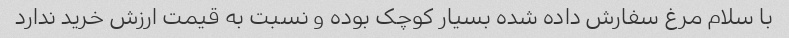
با سلام مرغ سفارش داده شده بسیار کوچک بوده و نسبت به قیمت ارزش خرید ندارد